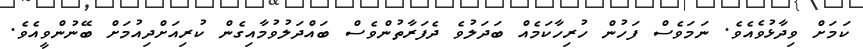
ކަމަށް ވިދާޅުވެއެވެ. ނަމަވެސް ފަހުން ހުރިހާކަމެއް ބަދަލުވެ ދެފަރާތުންވެސް ބައްދަލުވުމާއިގެން ކުރިއަށްދިއުމަށް ބޭނުންވީއެވެ.